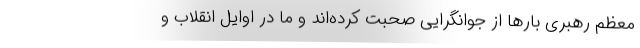
معظم رهبری بارها از جوانگرایی صحبت کرده‌اند و ما در اوایل انقلاب و